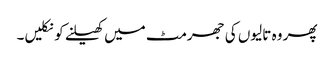
پھر وہ تالیوں کی جھرمٹ میں کھیلنے کو نکلیں۔